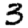
Digit: 3